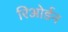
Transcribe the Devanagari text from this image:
रिओर्डन